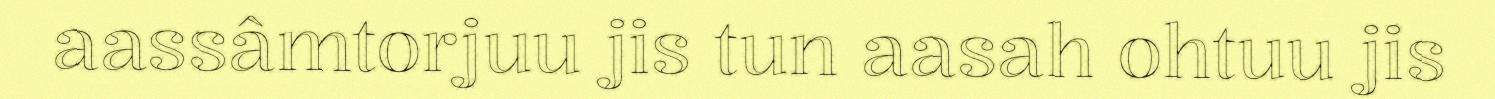
aassâmtorjuu jis tun aasah ohtuu jis